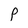
Character: P